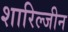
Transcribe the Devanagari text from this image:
शारिल्जीन